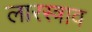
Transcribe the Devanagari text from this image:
लारस्त्राव